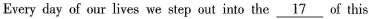
Every day of our lives we step out into the \underline{17} of this